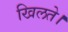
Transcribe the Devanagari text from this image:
खिलते।